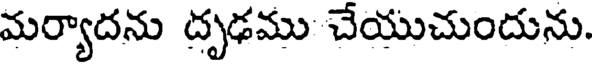
మర్యాదను దృఢము చేయుచుందును.